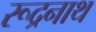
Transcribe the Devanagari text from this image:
रूद्रनाथ